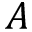
A